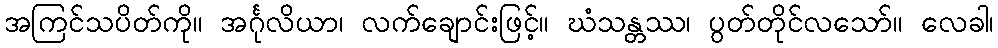
အကြင်သပိတ်ကို။ အင်္ဂုလိယာ၊ လက်ချောင်းဖြင့်။ ဃံသန္တဿ၊ ပွတ်တိုင်လသော်။ လေခါ၊